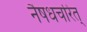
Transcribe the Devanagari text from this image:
नैषधचरित्‌